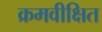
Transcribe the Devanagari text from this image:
क्रमवीक्षित